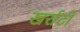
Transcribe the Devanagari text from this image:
खर्राटों